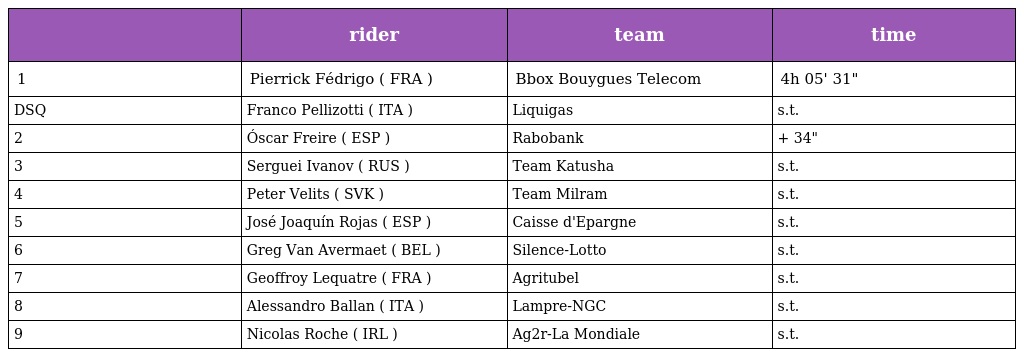
|  | rider | team | time |
 | --- | --- | --- | --- |
 | 1 | Pierrick Fédrigo ( FRA ) | Bbox Bouygues Telecom | 4h 05' 31" |
 | DSQ | Franco Pellizotti ( ITA ) | Liquigas | s.t. |
 | 2 | Óscar Freire ( ESP ) | Rabobank | + 34" |
 | 3 | Serguei Ivanov ( RUS ) | Team Katusha | s.t. |
 | 4 | Peter Velits ( SVK ) | Team Milram | s.t. |
 | 5 | José Joaquín Rojas ( ESP ) | Caisse d'Epargne | s.t. |
 | 6 | Greg Van Avermaet ( BEL ) | Silence-Lotto | s.t. |
 | 7 | Geoffroy Lequatre ( FRA ) | Agritubel | s.t. |
 | 8 | Alessandro Ballan ( ITA ) | Lampre-NGC | s.t. |
 | 9 | Nicolas Roche ( IRL ) | Ag2r-La Mondiale | s.t. |